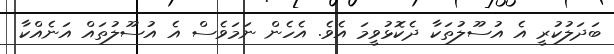
ބަދަލުކުރީ އެ އުސޫލުތަކާ ދެކޮޅުވީމަ އެވެ. އެހެން ނަމަވެސް އެ އުސޫލުތައް އަނެއްކާ